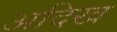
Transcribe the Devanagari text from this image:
अदिख